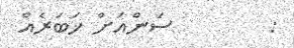
:        ސަންއަށް ޚަބަރެއް